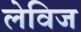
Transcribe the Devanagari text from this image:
लेविज